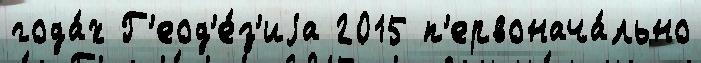
года́х Г'еод'е́з'иjа 2015 п'ервонача́льно